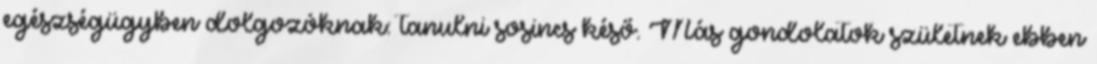
egészségügyben dolgozóknak: tanulni sosincs késő. Más gondolatok születnek ebben